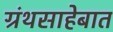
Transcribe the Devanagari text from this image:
ग्रंथसाहेबात